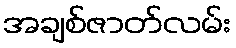
အချစ်ဇာတ်လမ်း